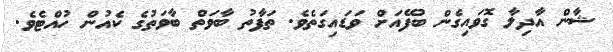
ޝާން އާދިލާ ގޮވައިގެން ބުފޭއަށް ވަޑައިގަތެވެ. ތަފާތު ބާވަތް ބާވަތުގެ ކެއުން ހުއްޓެވެ.